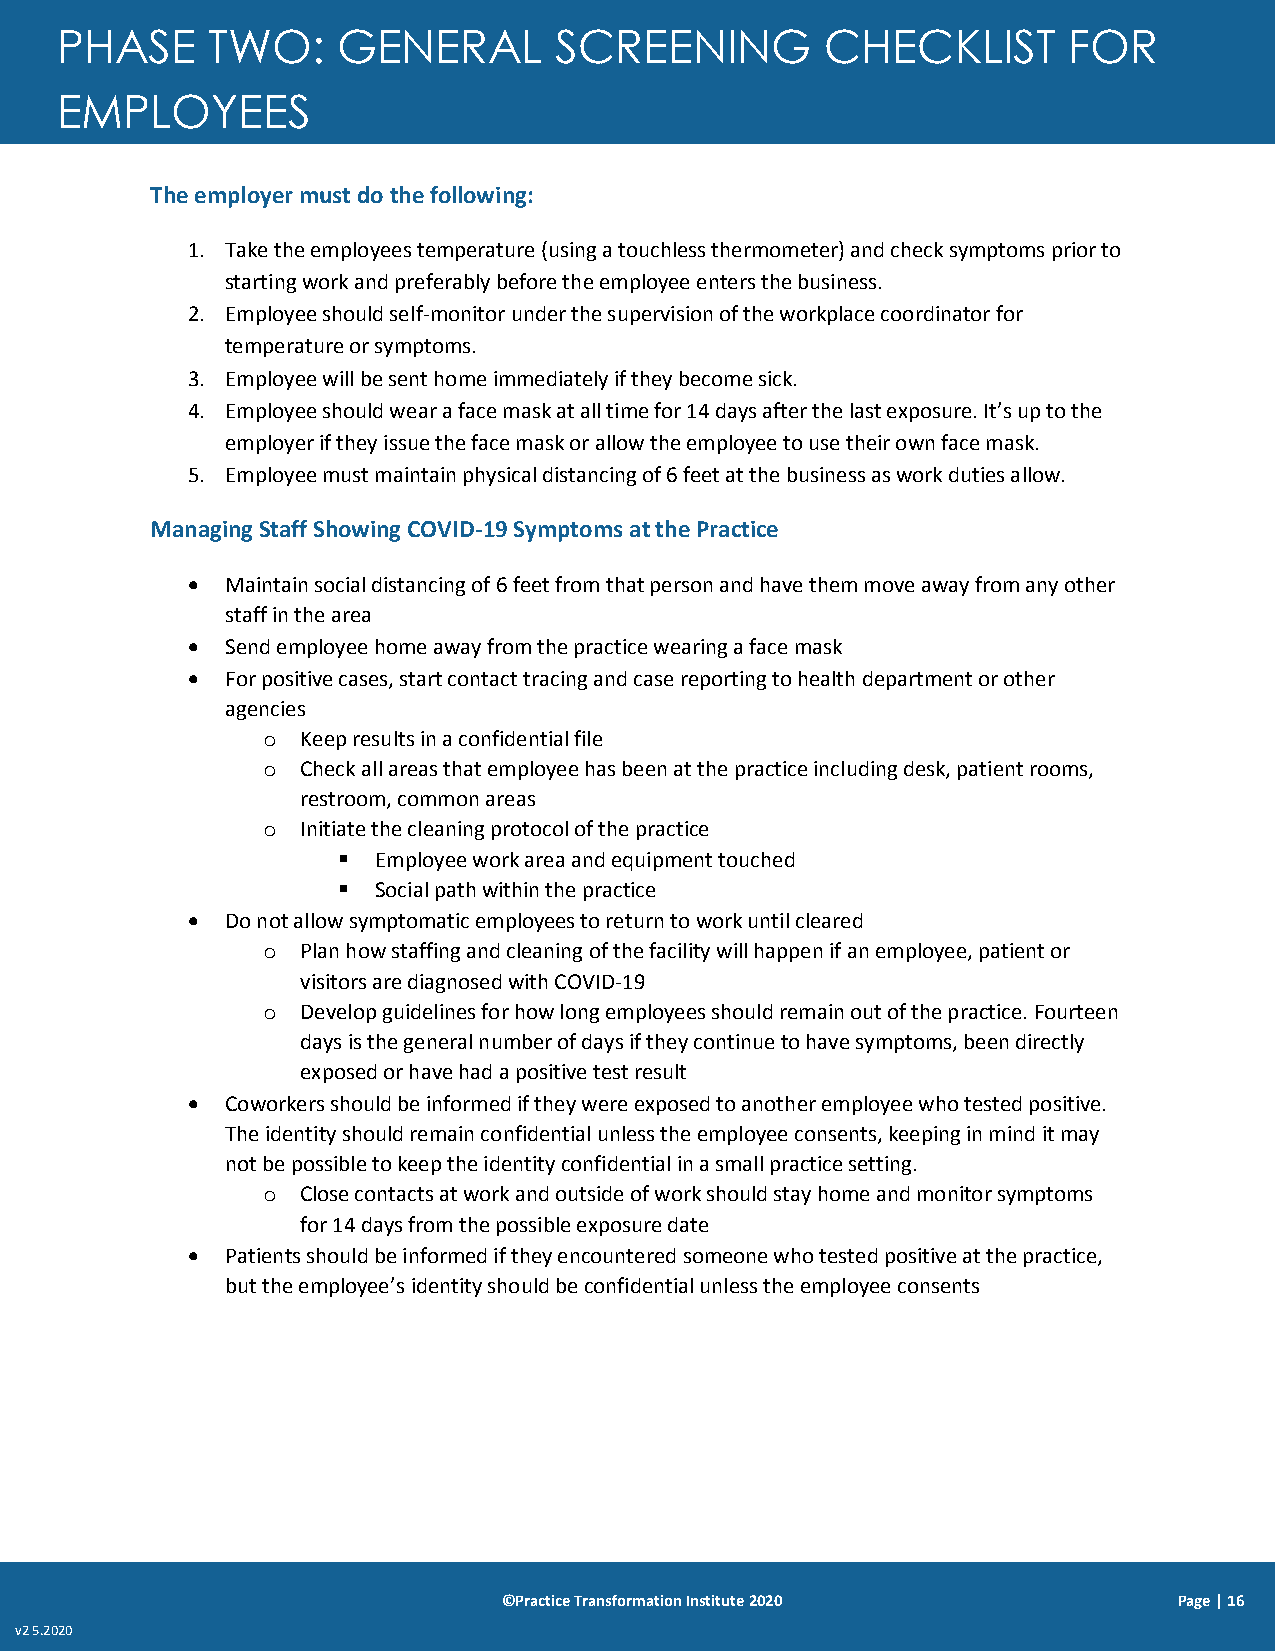
PHASE     TWO:    GENERAL        SCREENING         CHECKLIST       FOR
 EMPLOYEES
 The employer must do the following:
 1. Take the employees temperature (using a touchless thermometer) and check symptoms prior to
 starting work and preferably before the employee enters the business.
 2. Employee should self-monitor under the supervision of the workplace coordinator for
 temperature or symptoms.
 3. Employee will be sent home immediately if they become sick.
 4. Employee should wear a face mask at all time for 14 days after the last exposure. It’s up to the
 employer if they issue the face mask or allow the employee to use their own face mask.
 5. Employee must maintain physical distancing of 6 feet at the business as work duties allow.
 Managing Staff Showing COVID-19 Symptoms at the Practice
   Maintain social distancing of 6 feet from that person and have them move away from any other
 staff in the area
   Send employee home away from the practice wearing a face mask
   For positive cases, start contact tracing and case reporting to health department or other
 agencies
 o  Keep results in a confidential file
 o  Check all areas that employee has been at the practice including desk, patient rooms,
 restroom, common areas
 o  Initiate the cleaning protocol of the practice
   Employee work area and equipment touched
   Social path within the practice
   Do not allow symptomatic employees to return to work until cleared
 o  Plan how staffing and cleaning of the facility will happen if an employee, patient or
 visitors are diagnosed with COVID-19
 o  Develop guidelines for how long employees should remain out of the practice. Fourteen
 days is the general number of days if they continue to have symptoms, been directly
 exposed or have had a positive test result
   Coworkers should be informed if they were exposed to another employee who tested positive.
 The identity should remain confidential unless the employee consents, keeping in mind it may
 not be possible to keep the identity confidential in a small practice setting.
 o  Close contacts at work and outside of work should stay home and monitor symptoms
 for 14 days from the possible exposure date
   Patients should be informed if they encountered someone who tested positive at the practice,
 but the employee’s identity should be confidential unless the employee consents
 ©Practice Transformation Institute 2020      Page | 16
 v2 5.2020